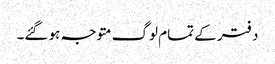
دفتر کے تمام لوگ متوجہ ہو گئے۔